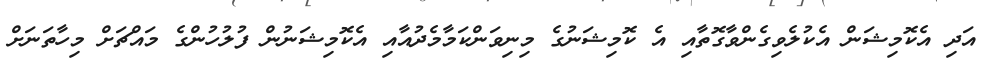
އަދި އެކޮމިޝަން އެކުލެވިގެންވާގޮތާއި އެ ކޮމިޝަނުގެ މިނިވަންކަމާމެދުއާއި އެކޮމިޝަނުން ފުލުހުންގެ މައްޗަށް މިހާތަނަށް